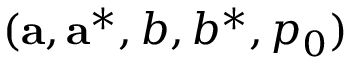
( { \mathbf { a } } , { \mathbf { a } } ^ { * } , b , b ^ { * } , p _ { 0 } )